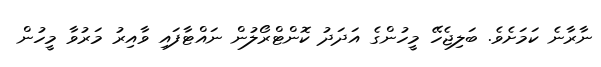
ނާރާނެ ކަމަށެވެ. ބަލިޖެހޭ މީހުންގެ އަދަދު ކޮންޓްރޯލުން ނައްޓާފައި ވާއިރު މަރުވާ މީހުން